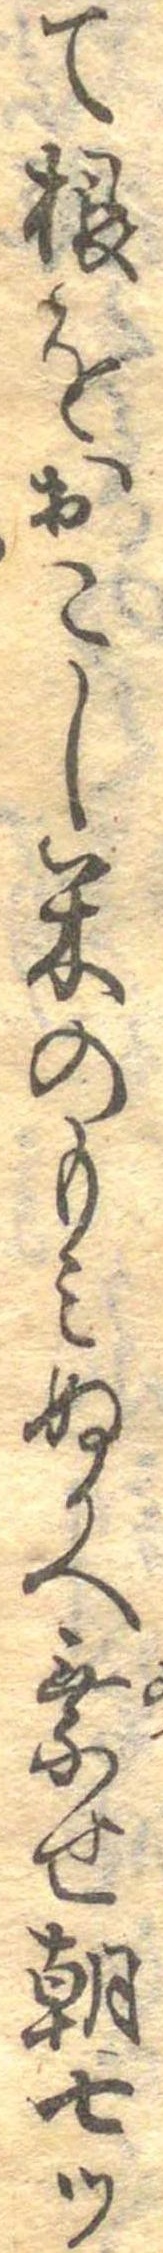
て根をおこし米のもみぬかへ乗せ朝七つ